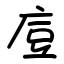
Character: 㢄